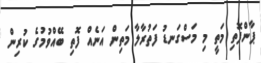
ޕާންފޮތި މަތީ މި މަސްގަނޑު ފަތުރާލާ މަތިން އަނެއް ފޮތި ބޭއްވުމުގެ ކުރިން